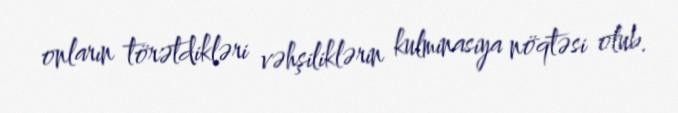
onların törətdikləri vəhşiliklərin kulminasiya nöqtəsi olub.